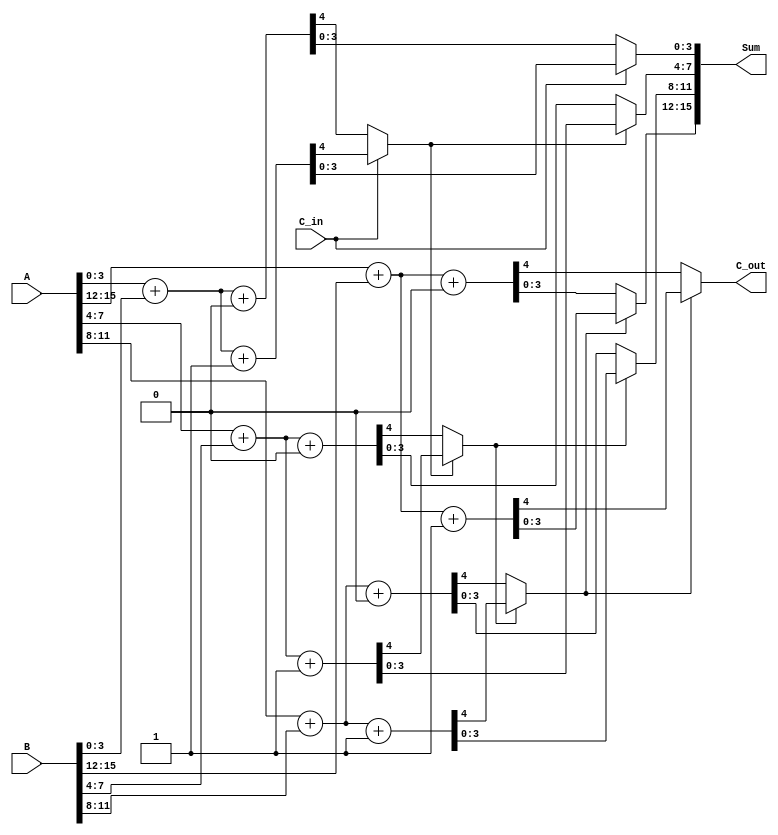
module DynamicCarrySelectAdder #(parameter WIDTH = 16) (
    input  [WIDTH-1:0] A,        // First operand
    input  [WIDTH-1:0] B,        // Second operand
    input  C_in,                 // Carry input
    output [WIDTH-1:0] Sum,      // Sum output
    output C_out                 // Carry output
);

    localparam SEGMENT_SIZE = 4;
    localparam NUM_SEGMENTS = WIDTH / SEGMENT_SIZE;

    // Internal wires for sum and carry
    wire [SEGMENT_SIZE-1:0] sum0 [0:NUM_SEGMENTS-1];
    wire [SEGMENT_SIZE-1:0] sum1 [0:NUM_SEGMENTS-1];
    wire [NUM_SEGMENTS-1:0] carry0;
    wire [NUM_SEGMENTS-1:0] carry1;
    wire [NUM_SEGMENTS-1:0] selected_sum;
    
    // Generate carry and sum for each segment
    genvar i;
    generate
        for (i = 0; i < NUM_SEGMENTS; i = i + 1) begin : segment
            wire [SEGMENT_SIZE-1:0] A_segment = A[(i+1)*SEGMENT_SIZE-1 -: SEGMENT_SIZE];
            wire [SEGMENT_SIZE-1:0] B_segment = B[(i+1)*SEGMENT_SIZE-1 -: SEGMENT_SIZE];

            // Sum and carry assuming C_in = 0
            assign {carry0[i], sum0[i]} = A_segment + B_segment + 1'b0;

            // Sum and carry assuming C_in = 1
            assign {carry1[i], sum1[i]} = A_segment + B_segment + 1'b1;
        end
    endgenerate

    // Select the correct sum based on the carry from the previous segment
    wire [NUM_SEGMENTS:0] carry_chain;
    assign carry_chain[0] = C_in;

    generate
        for (i = 0; i < NUM_SEGMENTS; i = i + 1) begin : select
            assign carry_chain[i+1] = carry_chain[i] ? carry1[i] : carry0[i];

            // Select the sum based on carry_chain
            assign Sum[(i+1)*SEGMENT_SIZE-1 -: SEGMENT_SIZE] = carry_chain[i] ? sum1[i] : sum0[i];
        end
    endgenerate

    // Final carry out is the carry from the last segment
    assign C_out = carry_chain[NUM_SEGMENTS];

endmodule